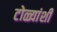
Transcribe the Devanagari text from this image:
टोळ्यांशीं